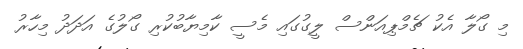
މި ގޯލާ އެކު ޗެމްޕިއަންސް ލީގުގައި މެސީ ކާމިޔާބުކުރި ގޯލުގެ އަދަދު މިހާރު